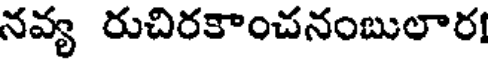
నవ్య రుచిరకాంచనంబులార!